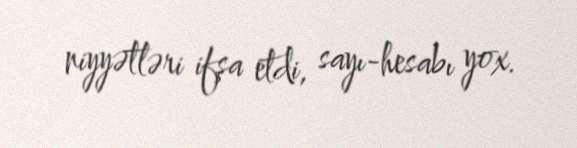
niyyətləri ifşa etdi, sayı-hesabı yox.